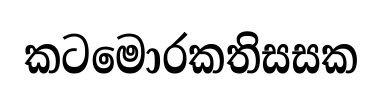
කටමොරකතිසසක